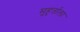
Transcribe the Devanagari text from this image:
मुहुर्ताला